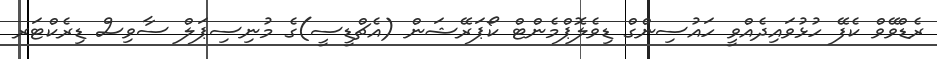
ރެޑްވޭވް ކެފޭ ހުޅުވައިދެއްވީ ހައުސިންގް ޑިވެލޮޕްމެންޓް ކޯޕަރޭޝަން (އެޗްޑީސީ)ގެ މުނިސިޕަލް ސާވިސް ޑިރެކްޓަރ